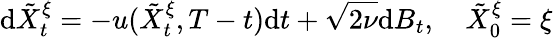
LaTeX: \textrm{d}\tilde{X}_{t}^{\xi}=-u(\tilde{X}_{t}^{\xi},T-t)\textrm{d}t+\sqrt{2\nu}\textrm{d}B_{t},\quad\tilde{X}_{0}^{\xi}=\xi